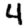
Digit: 4